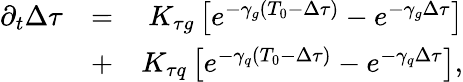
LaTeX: \begin{array}{rlr}{\partial_{t}\Delta\tau}&{=}&{K_{\tau g}\left[e^{-\gamma_{g}\left(T_{0}-\Delta\tau\right)}-e^{-\gamma_{g}\Delta\tau}\right]}\\ &{+}&{K_{\tau q}\left[e^{-\gamma_{q}\left(T_{0}-\Delta\tau\right)}-e^{-\gamma_{q}\Delta\tau}\right],}\end{array}